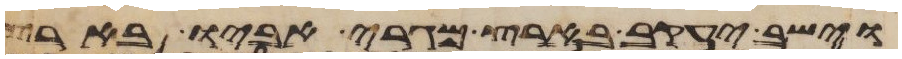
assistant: וישב יעקב בארץ מגרי אביו בארץ